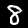
Digit: 8